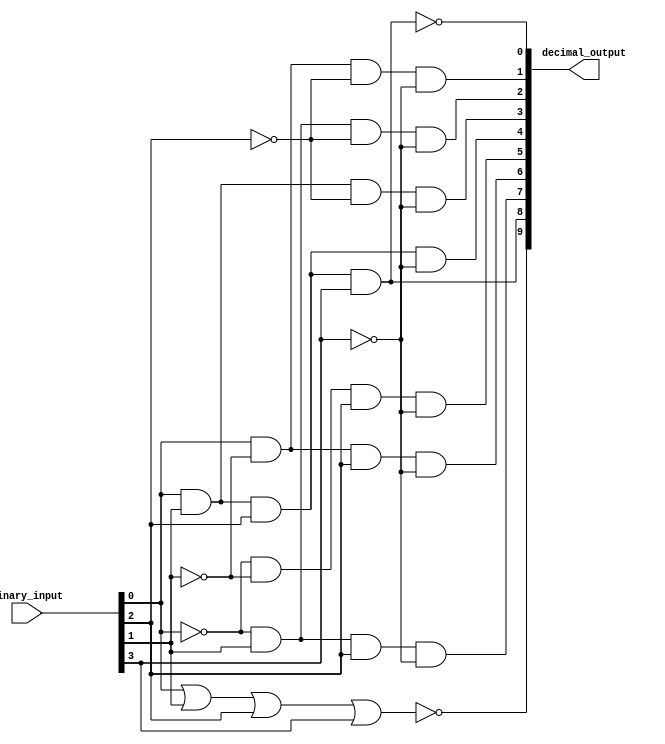
module decimal_decoder(input [3:0] binary_input,
                          output [9:0] decimal_output);

    assign decimal_output[0] = ~(binary_input[0] & binary_input[1] & binary_input[2] & binary_input[3]);
    assign decimal_output[1] = binary_input[0] & ~binary_input[1] & ~binary_input[2] & ~binary_input[3];
    assign decimal_output[2] = ~binary_input[0] & binary_input[1] & ~binary_input[2] & ~binary_input[3];
    assign decimal_output[3] = binary_input[0] & binary_input[1] & ~binary_input[2] & ~binary_input[3];
    assign decimal_output[4] = binary_input[0] & binary_input[1] & binary_input[2] & ~binary_input[3];
    assign decimal_output[5] = ~binary_input[0] & ~binary_input[1] & binary_input[2] & ~binary_input[3];
    assign decimal_output[6] = binary_input[0] & ~binary_input[1] & binary_input[2] & ~binary_input[3];
    assign decimal_output[7] = ~binary_input[0] & binary_input[1] & binary_input[2] & ~binary_input[3];
    assign decimal_output[8] = binary_input[0] & binary_input[1] & binary_input[2] & binary_input[3];
    assign decimal_output[9] = ~(binary_input[0] | binary_input[1] | binary_input[2] | binary_input[3]);

endmodule